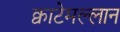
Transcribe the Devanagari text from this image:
क्वाटेमल्लान